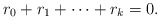
\begin{gather*}r_0+r_1+\dots+r_k=0.\end{gather*}